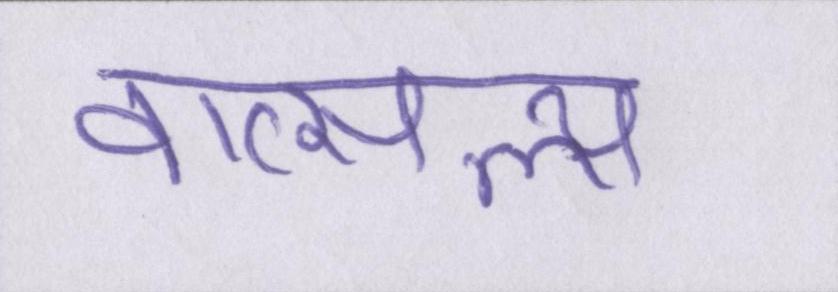
वात्सल्य